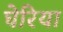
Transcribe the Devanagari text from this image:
घेरिया